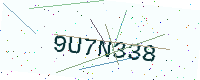
Text: 9U7N338